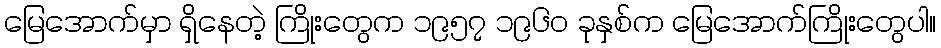
မြေအောက်မှာ ရှိနေတဲ့ ကြိုးတွေက ၁၉၅၇ ၁၉၆၀ ခုနှစ်က မြေအောက်ကြိုးတွေပါ။